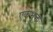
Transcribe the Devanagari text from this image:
एकभूक्त